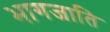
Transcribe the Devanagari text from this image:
भागजाति